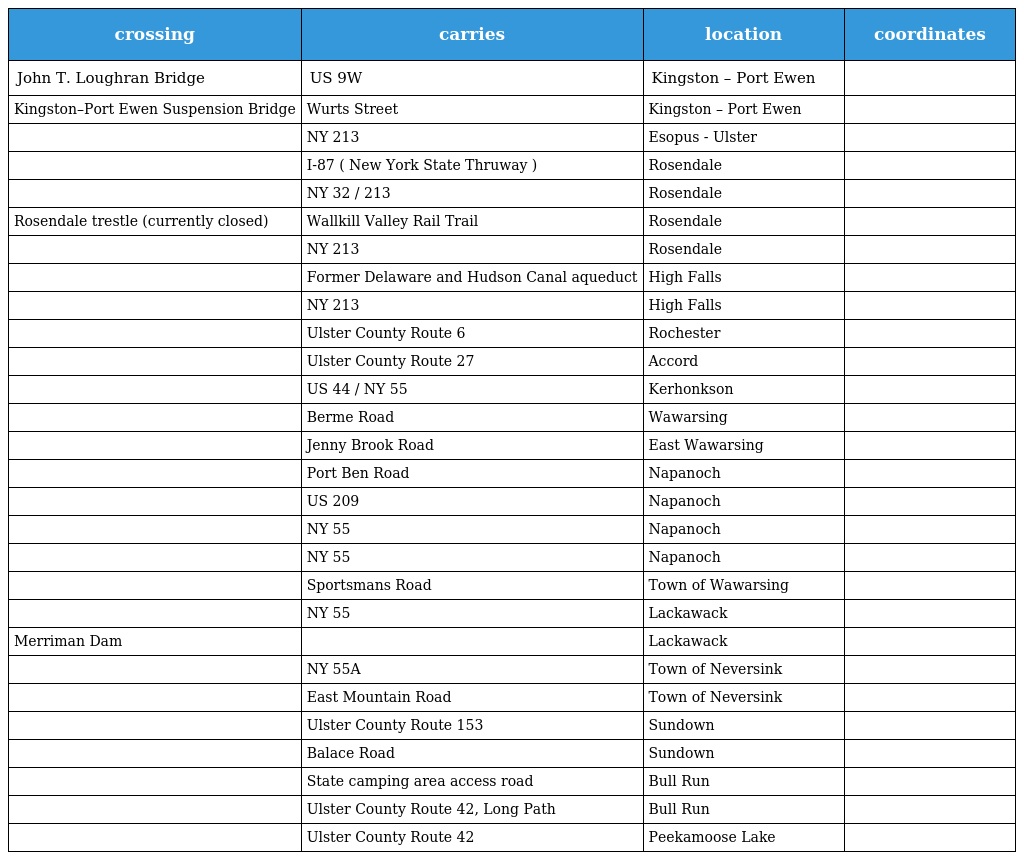
| crossing | carries | location | coordinates |
 | --- | --- | --- | --- |
 | John T. Loughran Bridge | US 9W | Kingston – Port Ewen |  |
 | Kingston–Port Ewen Suspension Bridge | Wurts Street | Kingston – Port Ewen |  |
 |  | NY 213 | Esopus - Ulster |  |
 |  | I-87 ( New York State Thruway ) | Rosendale |  |
 |  | NY 32 / 213 | Rosendale |  |
 | Rosendale trestle (currently closed) | Wallkill Valley Rail Trail | Rosendale |  |
 |  | NY 213 | Rosendale |  |
 |  | Former Delaware and Hudson Canal aqueduct | High Falls |  |
 |  | NY 213 | High Falls |  |
 |  | Ulster County Route 6 | Rochester |  |
 |  | Ulster County Route 27 | Accord |  |
 |  | US 44 / NY 55 | Kerhonkson |  |
 |  | Berme Road | Wawarsing |  |
 |  | Jenny Brook Road | East Wawarsing |  |
 |  | Port Ben Road | Napanoch |  |
 |  | US 209 | Napanoch |  |
 |  | NY 55 | Napanoch |  |
 |  | NY 55 | Napanoch |  |
 |  | Sportsmans Road | Town of Wawarsing |  |
 |  | NY 55 | Lackawack |  |
 | Merriman Dam |  | Lackawack |  |
 |  | NY 55A | Town of Neversink |  |
 |  | East Mountain Road | Town of Neversink |  |
 |  | Ulster County Route 153 | Sundown |  |
 |  | Balace Road | Sundown |  |
 |  | State camping area access road | Bull Run |  |
 |  | Ulster County Route 42, Long Path | Bull Run |  |
 |  | Ulster County Route 42 | Peekamoose Lake |  |